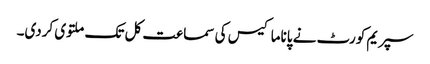
سپریم کورٹ نے پاناما کیس کی سماعت کل تک ملتوی کردی۔